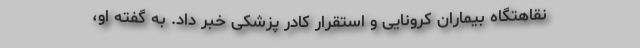
نقاهتگاه بیماران کرونایی و استقرار کادر پزشکی خبر داد. به گفته او،